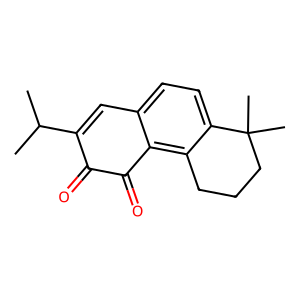
SMILES: CC(C)C1=Cc2ccc3c(c2C(=O)C1=O)CCCC3(C)C
Inhibits HIV replication: No